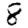
Digit: 8